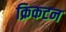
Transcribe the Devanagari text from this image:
क्रिकटन